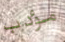
مؤدب